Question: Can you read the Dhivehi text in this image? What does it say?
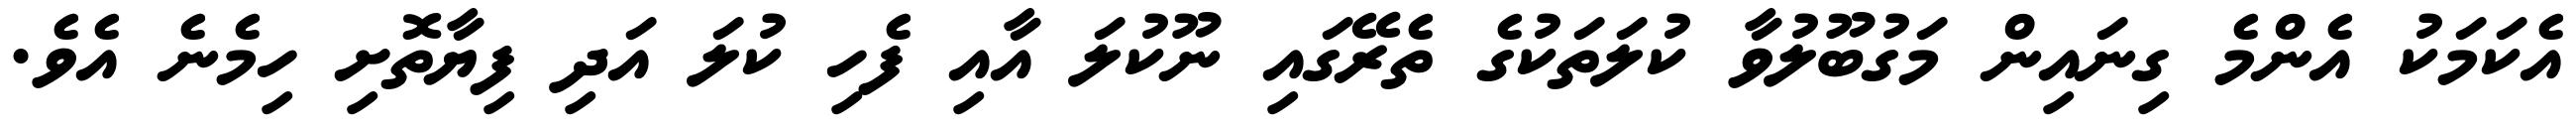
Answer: އެކަމަކު އެންމެ ގިނައިން މަގުބޫލުވާ ކުލަތަކުގެ ތެރޭގައި ނޫކުލަ އާއި ފެހި ކުލަ އަދި ފިޔާތޮށި ހިމެނެ އެވެ.